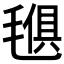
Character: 𣯒